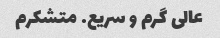
عالی گرم و سریع. متشکرم